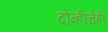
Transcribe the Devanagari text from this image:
दोन्हीचेही